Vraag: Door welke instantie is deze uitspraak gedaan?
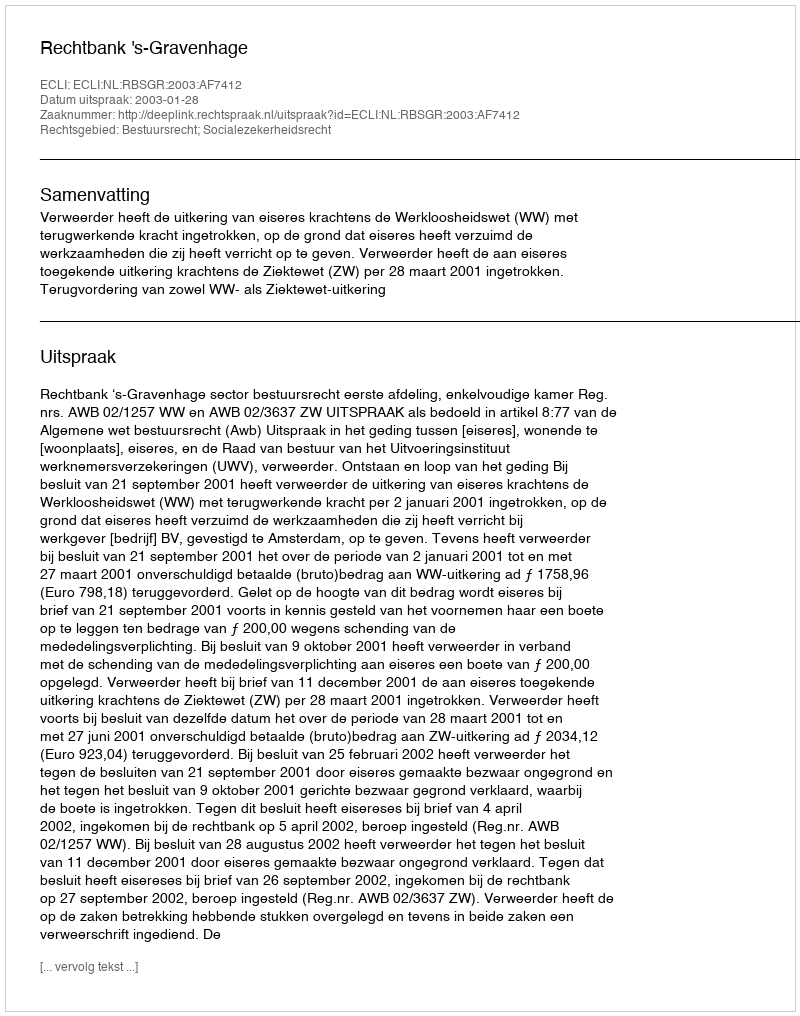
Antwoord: Rechtbank 's-Gravenhage